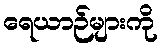
ရေယာဉ်များကို